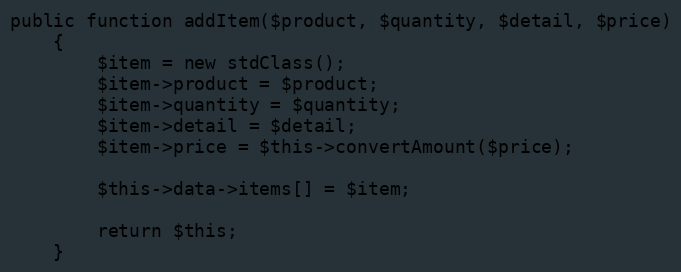
Language: PHP
public function addItem($product, $quantity, $detail, $price)
    {
        $item = new stdClass();
        $item->product = $product;
        $item->quantity = $quantity;
        $item->detail = $detail;
        $item->price = $this->convertAmount($price);

        $this->data->items[] = $item;

        return $this;
    }